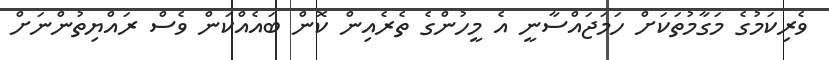
ވެރިކަމުގެ މަގާމުތަކަށް ހަމަޖައްސާނީ އެ މީހުންގެ ތެރެއިން ކޮން ބައެއްކަން ވެސް ރައްޔިތުންނަށް